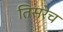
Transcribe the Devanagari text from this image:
तिसरेच